Newspaper: Daily intelligencer. [volume]
Place of publication: Wheeling, Va. [W. Va.]
Publisher: Campbell & M'Dermot
Date: 1860-02-03 00:00:00
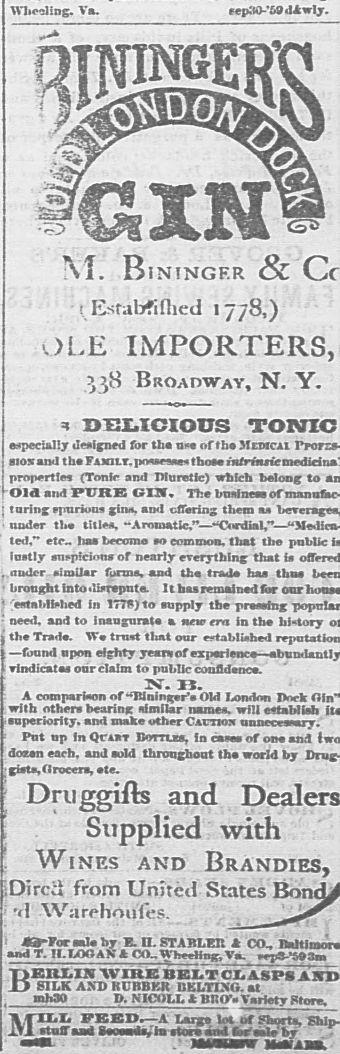
Advertisement text (OCR):
Va. eepitO-'^dAwly. oWDO/v M. Biningf.r & ! Esrabfiflied ij/8,) OLE IMPORTERS, Broadway, N. Y. ^ DXaXaicious especially designed for the use of the 3Tedicai aiox ami the Famlt. possesses those propertles (Tonic and Diuretic) which belong to and PURE GIN. The business of turing spurious gins, and offering them as under the titles, ted,** etc- has become so common, that the public iustly suspicions of nearly everything that is , under similar forms, and the trade has thns brought into disrepute. It has remained far oar established in 177#) to supply the pressing need, and to inaugurate a new era in the history | the Trade. We trust tliat our established 5 upon eighty years of vindicates our claim to public confidence. N. B. A comparison of "Binitiger's Old London Dock with others bearing similar names, will establish ?superiority, and make other Caraox unnecessary. Put up in Qrm Bottles, fn dues of one and la dozen each, and sold throughout the world by t gists, Grocers, ete. Druggifts and Supplied with Wines and Brandies, iDircil from United States Bone ?d Warehoules. 43-ForaaU by E. n. STABLER A CO, iBtnima and T.II.MBAK* CO- Wheeling, Va- eep*-,S?3m WIRE BELT CLASPS AIT SILK AND KURBKK UELTIXO. at mh30 P. NICOLL * Bn(V? Variety Store.
Label: text-only